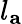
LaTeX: l_{\mathbf{a}}